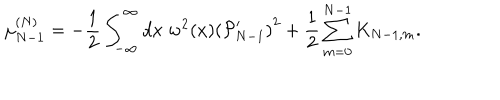
\mu _ { N - 1 } ^ { ( N ) } = - { \frac { 1 } { 2 } } \int _ { - \infty } ^ { \infty } d x \; w ^ { 2 } ( x ) \left( { \cal P } _ { N - 1 } ^ { \prime } \right) ^ { 2 } + { \frac { 1 } { 2 } } \sum _ { m = 0 } ^ { N - 1 } K _ { N - 1 , m } .